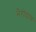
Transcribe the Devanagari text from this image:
भैरोंदास